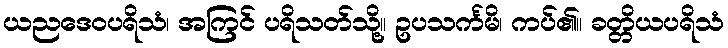
ယညဒေဝပရိသံ၊ အကြင် ပရိသတ်သို့။ ဥပသင်္ကမိ၊ ကပ်၏။ ခတ္တိယပရိသံ